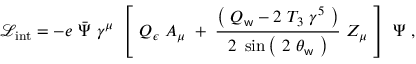
{ \mathcal { L } } _ { \mathrm { i n t } } = - e \ { \boldsymbol { \bar { \Psi } } } \ \gamma ^ { \mu } \ \left[ \ Q _ { \epsilon } \ A _ { \mu } \; + \; { \frac { \left( \ Q _ { \mathsf { w } } - 2 \ T _ { 3 } \ \gamma ^ { 5 } \ \right) } { \ 2 \ \sin \left( \ 2 \ \theta _ { \mathsf { w } } \ \right) \ } } \; Z _ { \mu } \ \right] \ { \boldsymbol { \Psi } } ~ ,